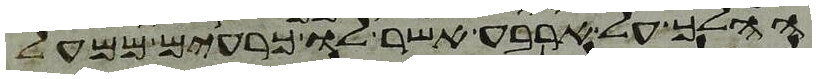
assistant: ההלך על ארבע אשר לו כרעים ממעל